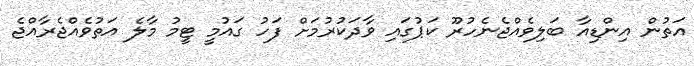
އަތުން އިންޑިއާ ބަލިވެއްޖެނެހުރޫ ކަޕުގައި ވާދަކުރުމަށް ފަހު ގައުމީ ޓީމު މާލެ އަތުވެއްޖެރާއްޖެ